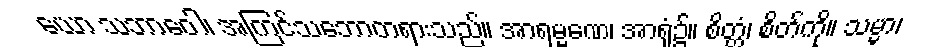
ယော သဘာဝေါ၊ အကြင်သဘောတရားသည်။ အာရမ္မဏေ၊ အာရုံ၌။ စိတ္တံ၊ စိတ်ကို။ သမ္မာ၊